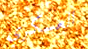
العسكري